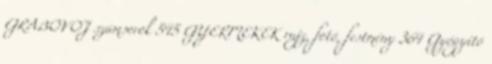
GRABOVOJ számsorok 545 GYERMEKEK rajz, fotó, festmény 364 Gyógyító